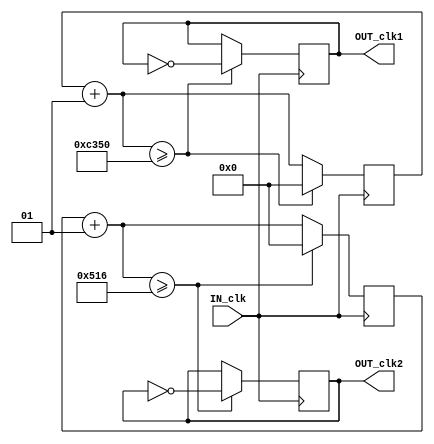
//1 250HZ
//2 9600HZ
//3 50HZ
//4 1HZ

module divider(input IN_clk, output reg OUT_clk1, output reg OUT_clk2/*,output reg OUT_clk3, output reg OUT_clk4*/);
	integer n1 = 0;
	integer n2 = 0;
//	integer n3 = 0;
//	integer n4 = 0;
	
	initial                                                
begin                                                                       
   OUT_clk1 = 0;
	OUT_clk2 = 0;
//	OUT_clk3 = 0;
//	OUT_clk4 = 0;
end
	always @(posedge IN_clk)
		begin
			n1 = n1 + 1;
			n2 = n2 + 1;
//			n3 = n3 + 1;
//			n4 = n4 + 1;
			if(n1 >= 50000)
				begin
					OUT_clk1 = ~OUT_clk1;
					n1 = 0;
				end
			else
				OUT_clk1 = OUT_clk1;

			if(n2 >= 1302)
				begin
					OUT_clk2 = ~OUT_clk2;
					n2 = 0;
				end
			else
				OUT_clk2 = OUT_clk2;				
	/*		if(n3 >= 250000)
				begin
					OUT_clk3 = ~OUT_clk3;
					n3 = 0;
				end	
			else
				OUT_clk3 = OUT_clk3;			
			if(n4 >= 250000*50)
				begin
					OUT_clk4 = ~OUT_clk4;
					n4 = 0;
				end	
			else
				OUT_clk3 = OUT_clk3;	
*/				
		end
endmodule